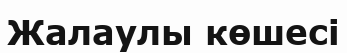
Жалаулы көшесі